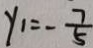
y _ { 1 } = - \frac { 7 } { 5 }